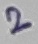
Text: 2